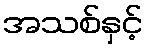
အသစ်နှင့်